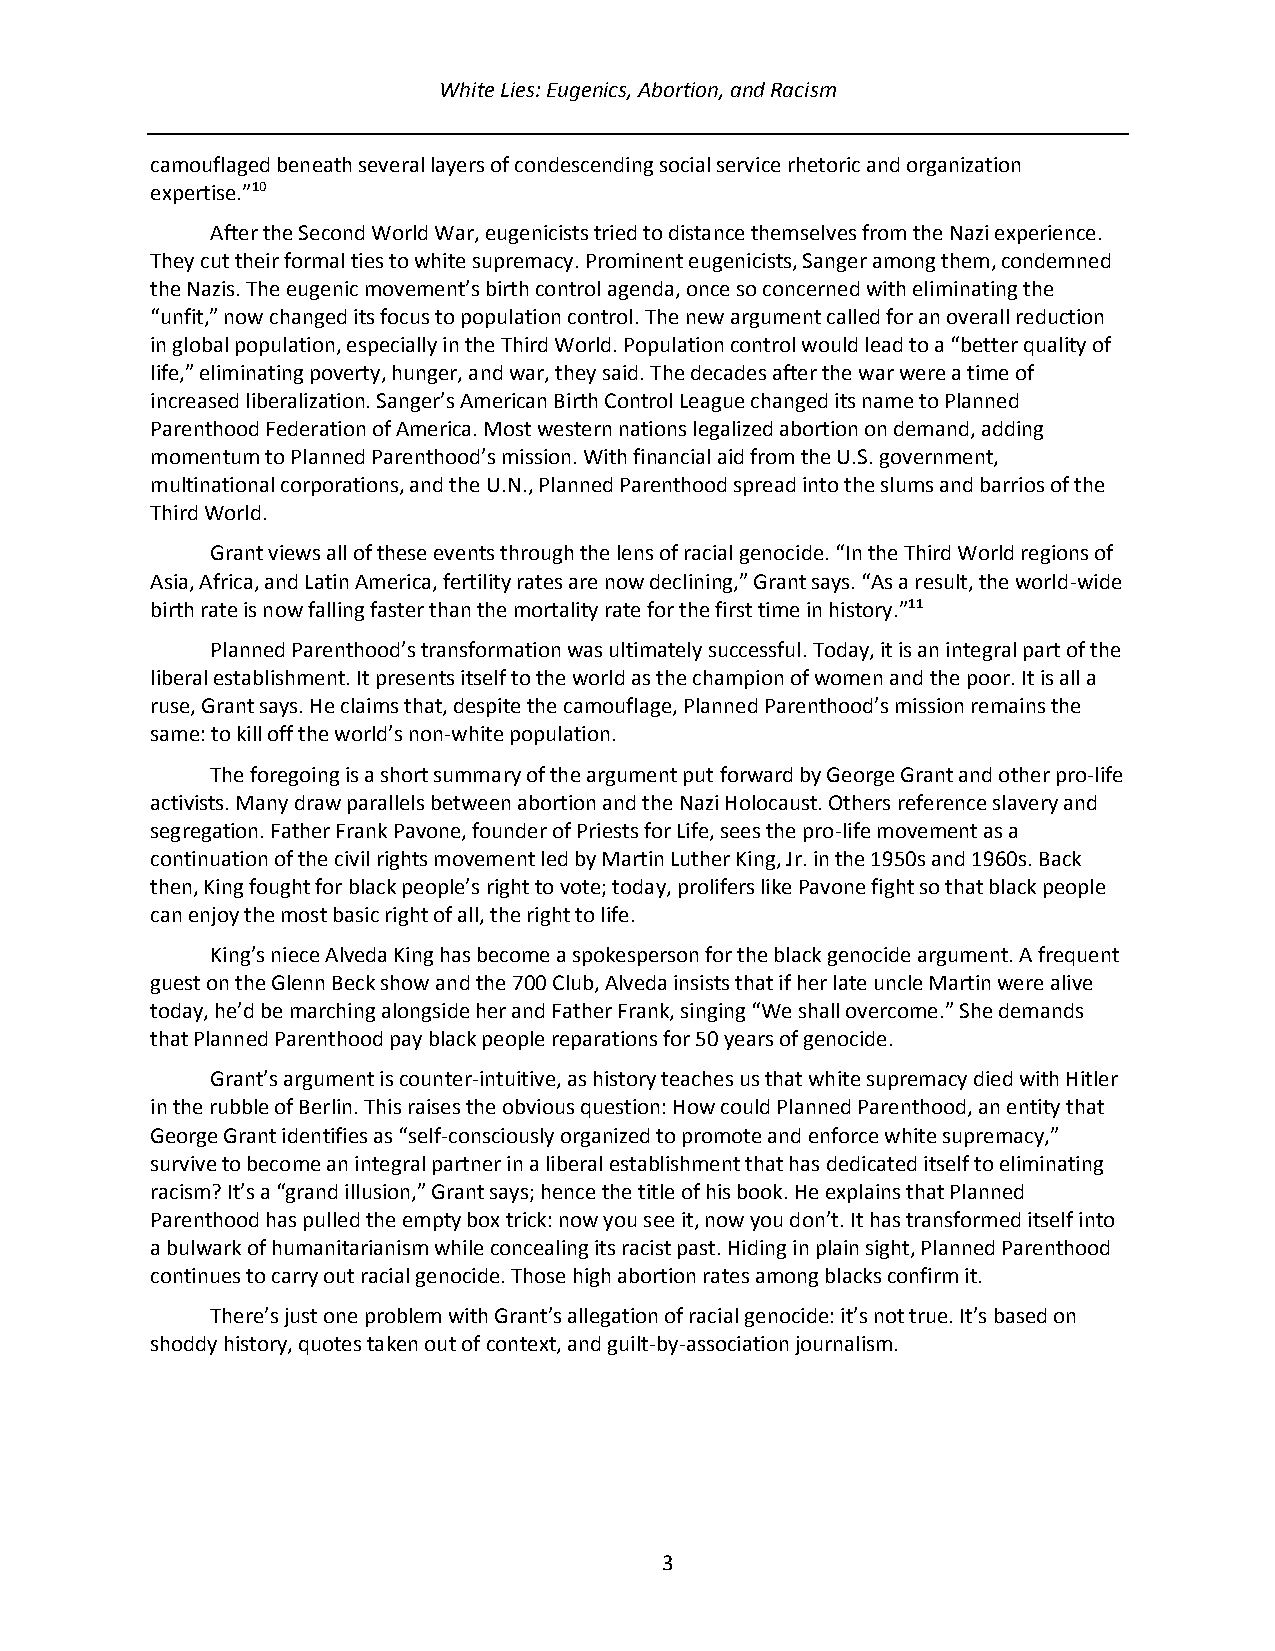
White Lies: Eugenics, Abortion, and Racism
 camouflaged beneath several layers of condescending social service rhetoric and organization
 expertise.”10
 After the Second World War, eugenicists tried to distance themselves from the Nazi experience.
 They cut their formal ties to white supremacy. Prominent eugenicists, Sanger among them, condemned
 the Nazis. The eugenic movement’s birth control agenda, once so concerned with eliminating the
 “unfit,” now changed its focus to population control. The new argument called for an overall reduction
 in global population, especially in the Third World. Population control would lead to a “better quality of
 life,” eliminating poverty, hunger, and war, they said. The decades after the war were a time of
 increased liberalization. Sanger’s American Birth Control League changed its name to Planned
 Parenthood Federation of America. Most western nations legalized abortion on demand, adding
 momentum to Planned Parenthood’s mission. With financial aid from the U.S. government,
 multinational corporations, and the U.N., Planned Parenthood spread into the slums and barrios of the
 Third World.
 Grant views all of these events through the lens of racial genocide. “In the Third World regions of
 Asia, Africa, and Latin America, fertility rates are now declining,” Grant says. “As a result, the world-wide
 birth rate is now falling faster than the mortality rate for the first time in history.”11
 Planned Parenthood’s transformation was ultimately successful. Today, it is an integral part of the
 liberal establishment. It presents itself to the world as the champion of women and the poor. It is all a
 ruse, Grant says. He claims that, despite the camouflage, Planned Parenthood’s mission remains the
 same: to kill off the world’s non-white population.
 The foregoing is a short summary of the argument put forward by George Grant and other pro-life
 activists. Many draw parallels between abortion and the Nazi Holocaust. Others reference slavery and
 segregation. Father Frank Pavone, founder of Priests for Life, sees the pro-life movement as a
 continuation of the civil rights movement led by Martin Luther King, Jr. in the 1950s and 1960s. Back
 then, King fought for black people’s right to vote; today, prolifers like Pavone fight so that black people
 can enjoy the most basic right of all, the right to life.
 King’s niece Alveda King has become a spokesperson for the black genocide argument. A frequent
 guest on the Glenn Beck show and the 700 Club, Alveda insists that if her late uncle Martin were alive
 today, he’d be marching alongside her and Father Frank, singing “We shall overcome.” She demands
 that Planned Parenthood pay black people reparations for 50 years of genocide.
 Grant’s argument is counter-intuitive, as history teaches us that white supremacy died with Hitler
 in the rubble of Berlin. This raises the obvious question: How could Planned Parenthood, an entity that
 George Grant identifies as “self-consciously organized to promote and enforce white supremacy,”
 survive to become an integral partner in a liberal establishment that has dedicated itself to eliminating
 racism? It’s a “grand illusion,” Grant says; hence the title of his book. He explains that Planned
 Parenthood has pulled the empty box trick: now you see it, now you don’t. It has transformed itself into
 a bulwark of humanitarianism while concealing its racist past. Hiding in plain sight, Planned Parenthood
 continues to carry out racial genocide. Those high abortion rates among blacks confirm it.
 There’s just one problem with Grant’s allegation of racial genocide: it’s not true. It’s based on
 shoddy history, quotes taken out of context, and guilt-by-association journalism.
 3